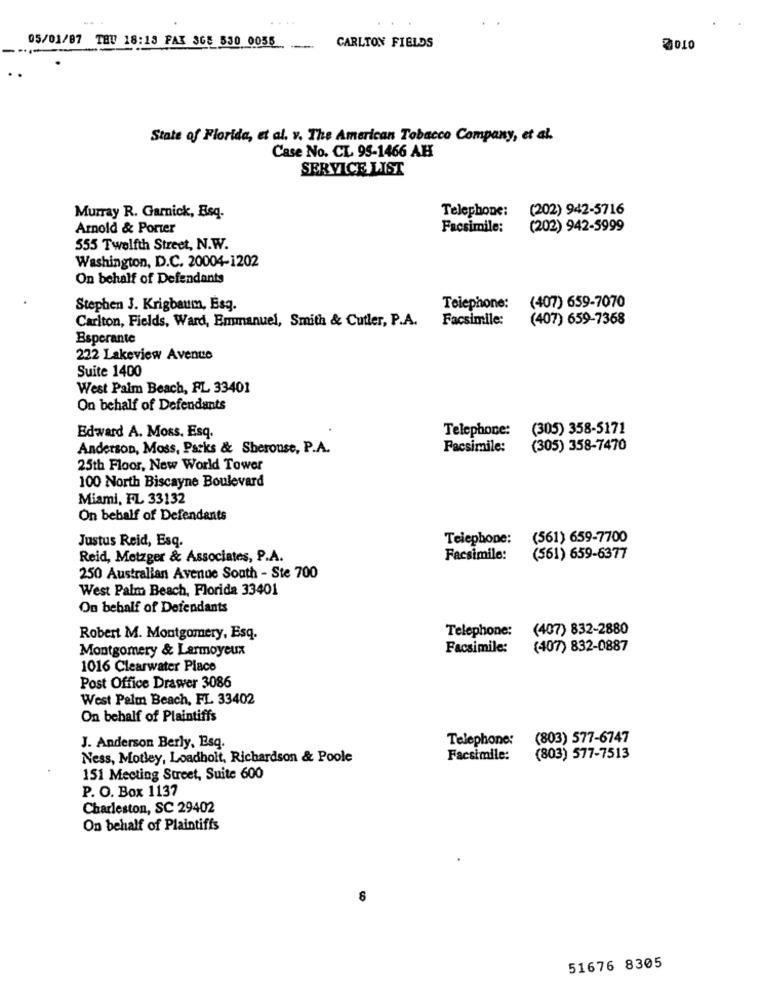
05/01/87 THE 18:13 FAX SGE 530 0035
CARLTON FIELDS
2010
State of Florida, et al. v. The American Tobacco Company, et al.
Case No. CL. 95-1466 AH
SERVICE LIST
Telephone:
(202) 942-5716
Murray R. Garnick, Esq.
Arnold & Porter
Facsimile:
(202) 942-5999
555 Twelfth Street, N.W.
Washington, D.C. 20004-1202
On behalf of Defendants
Stephen J. Krigbaum, Esq.
Telephone:
(407) 659-7070
Carlton, Fields, Ward, Emmanuel, Smith & Cutler, P.A.
Facsimile:
(407) 659-7368
Bsperante
222 Lakeview Avenue
Suite 1400
West Palm Beach, FL 33401
On behalf of Defendants
Telephone:
(305) 358-5171
Edward A. Moss. Esq.
Anderson, Moss, Packs & Sheronse, P.A.
Facsimile:
(305) 358-7470
25th Floor, New World Tower
100 North Biscayne Boulevard
Miami, FL 33132
On behalf of Defendants
Justus Reid, Esq.
Telephone:
(561) 659-7700
Reid, Metzger & Associates, P.A.
Facsimile:
(561) 659-6377
250 Australian Avenue South - Ste 700
West Palm Beach, Florida 33401
On behalf of Defendants
Telephone:
(407) 832-2880
Robert M. Montgomery, Esq.
Montgomery & Larmoyeux
Facsimile:
(407) 832-0887
1016 Clearwater Place
Post Office Drawer 3086
West Palm Beach, FL 33402
On behalf of Plaintiffs
Telephone:
(803) 577-6747
J. Anderson Berly, Esq.
Ness, Motley, Loadholt, Richardson & Poole
Facsimile:
(803) 577-7513
151 Meeting Street, Suite 600
P. O. Box 1137
Charleston, SC 29402
On behalf of Plaintiffs
51676 8305